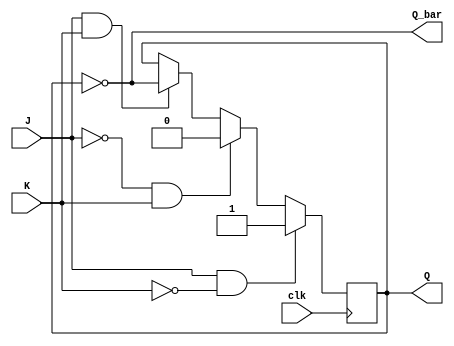
module jk_flip_flop (
    input J, // Set input
    input K, // Reset input
    input clk, // Clock input (falling edge-triggered)
    output reg Q, // Output
    output reg Q_bar // Inverted output
);

reg Q_next;

always @(negedge clk) begin
    if (J && !K)
        Q_next <= 1'b1;
    else if (!J && K)
        Q_next <= 1'b0;
    else if (J && K)
        Q_next <= ~Q;
    else
        Q_next <= Q;
end

always @* begin
    Q = Q_next;
    Q_bar = ~Q;
end

endmodule